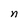
Character: n